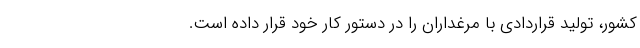
کشور، تولید قراردادی با مرغداران را در دستور کار خود قرار داده است.